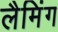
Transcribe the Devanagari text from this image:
लैमिंग